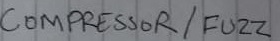
Text: COMPRESSOR/ FUZZ